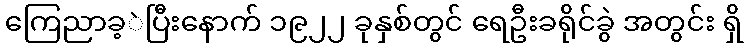
ကြေညာခ့ဲပြီးနောက် ၁၉၂၂ ခုနှစ်တွင် ရေဦးခရိုင်ခွဲ အတွင်း ရှိ